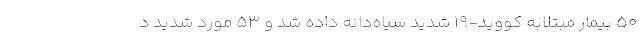
۵۰ بیمار مبتلابه کووید-۱۹ شدید سیاه‌دانه داده شد و ۵۳ مورد شدید د